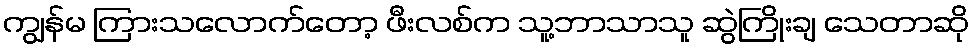
ကျွန်မ ကြားသလောက်တော့ ဖီးလစ်က သူ့ဘာသာသူ ဆွဲကြိုးချ သေတာဆို